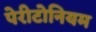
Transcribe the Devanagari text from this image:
पेरीटोनियम